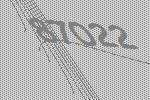
87022